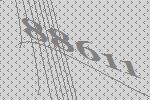
88611